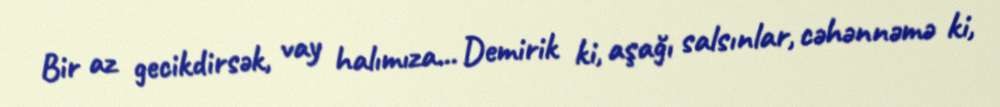
Bir az gecikdirsək, vay halımıza... Demirik ki, aşağı salsınlar, cəhənnəmə ki,